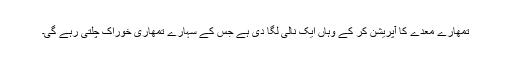
تمھارے معدے کا آپریشن کر کے وہاں ایک نالی لگا دی ہے جس کے سہارے تمھاری خوراک چلتی رہے گی۔